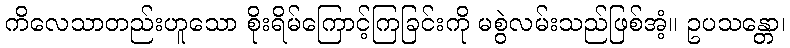
ကိလေသာတည်းဟူသော စိုးရိမ်ကြောင့်ကြခြင်းကို မစွဲလမ်းသည်ဖြစ်အံ့။ ဥပသန္တော၊